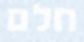
חלם